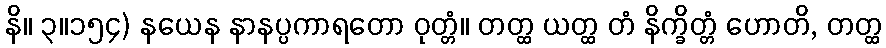
နိ။ ၃။၁၅၄) နယေန နာနပ္ပကာရတော ဝုတ္တံ။ တတ္ထ ယတ္ထ တံ နိက္ခိတ္တံ ဟောတိ, တတ္ထ